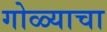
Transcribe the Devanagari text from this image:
गोळ्याचा